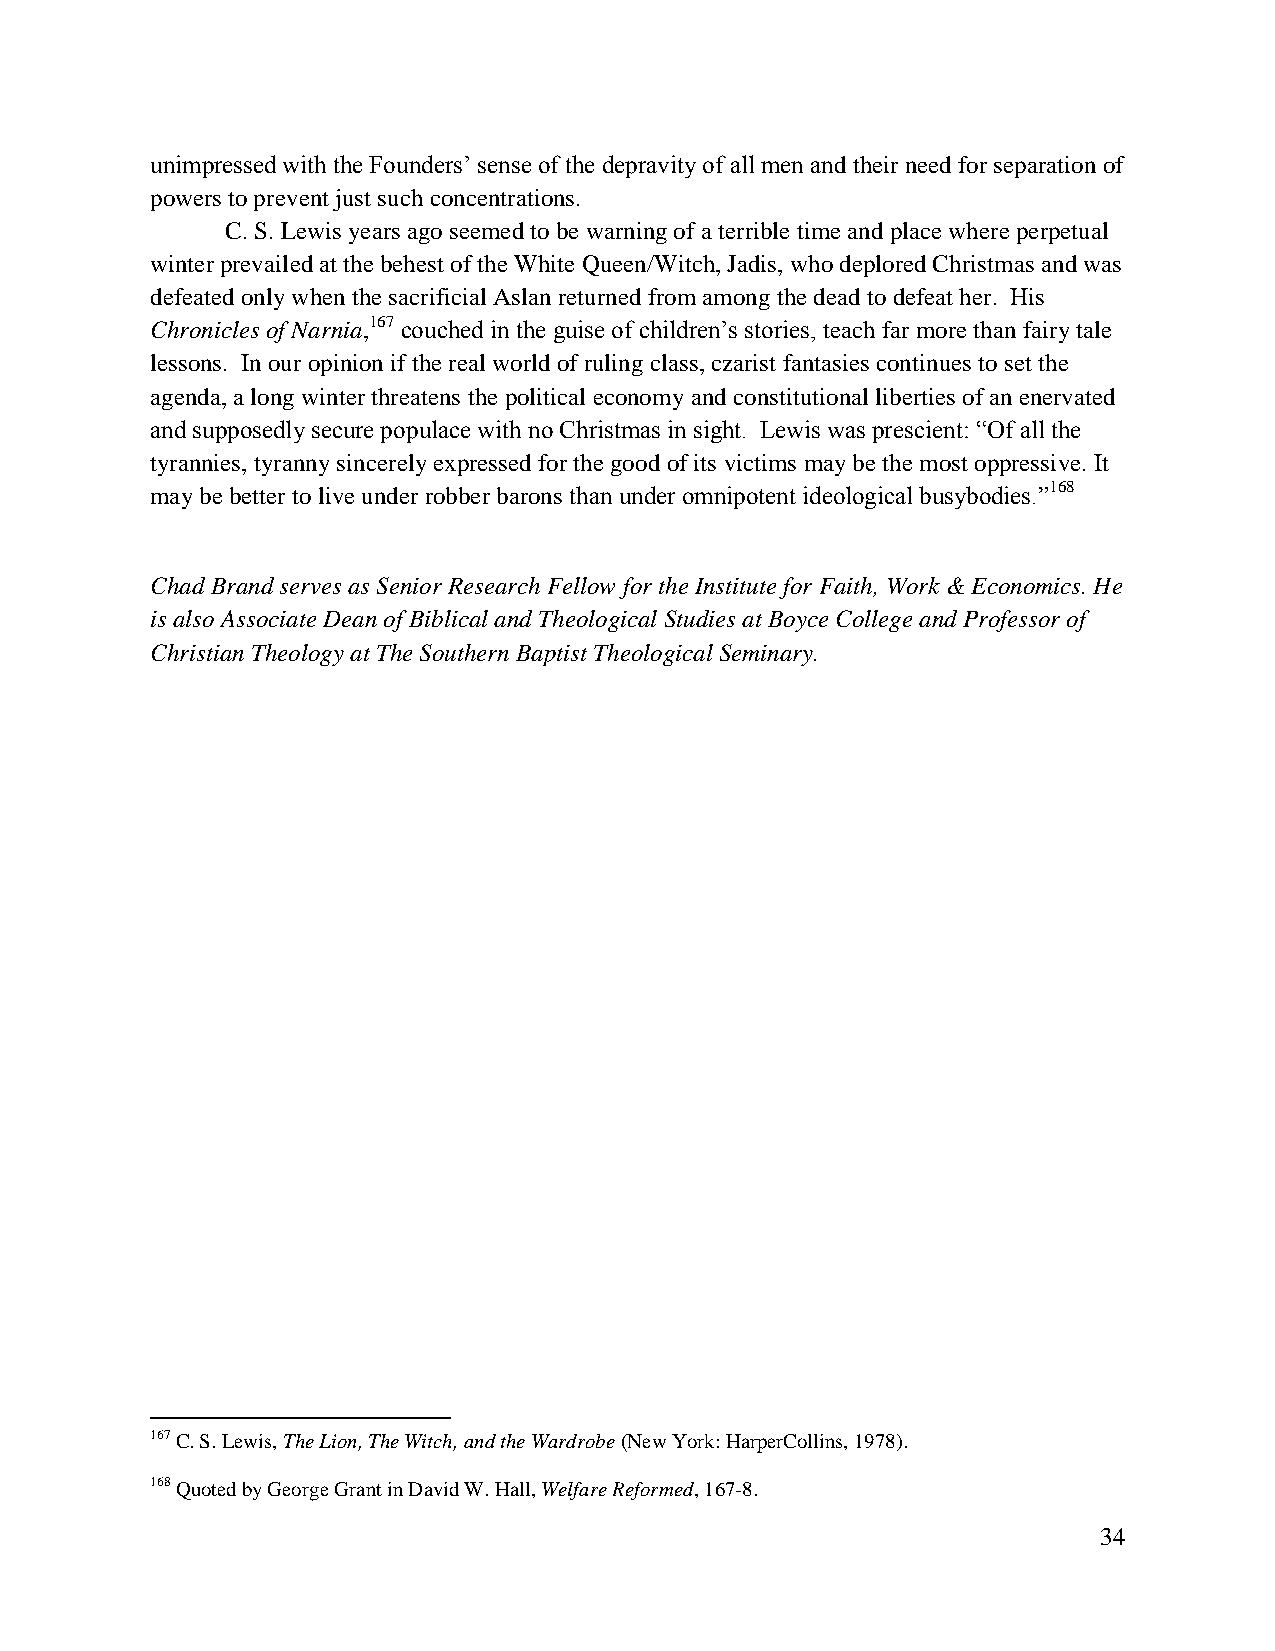
unimpressed with the Founders’ sense of the depravity of all men and their need for separation of
 powers to prevent just such concentrations.
 C. S. Lewis years ago seemed to be warning of a terrible time and place where perpetual
 winter prevailed at the behest of the White Queen/Witch, Jadis, who deplored Christmas and was
 defeated only when the sacrificial Aslan returned from among the dead to defeat her. His
 Chronicles of Narnia,167 couched in the guise of children’s stories, teach far more than fairy tale
 lessons. In our opinion if the real world of ruling class, czarist fantasies continues to set the
 agenda, a long winter threatens the political economy and constitutional liberties of an enervated
 and supposedly secure populace with no Christmas in sight. Lewis was prescient: “Of all the
 tyrannies, tyranny sincerely expressed for the good of its victims may be the most oppressive. It
 may be better to live under robber barons than under omnipotent ideological busybodies.”168
 Chad Brand serves as Senior Research Fellow for the Institute for Faith, Work & Economics. He
 is also Associate Dean of Biblical and Theological Studies at Boyce College and Professor of
 Christian Theology at The Southern Baptist Theological Seminary.
 167 C. S. Lewis, The Lion, The Witch, and the Wardrobe (New York: HarperCollins, 1978).
 168 Quoted by George Grant in David W. Hall, Welfare Reformed, 167-8.
 34